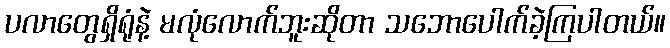
ပလာတွေရှိရုံနဲ့ မလုံလောက်ဘူးဆိုတာ သဘောပေါက်ခဲ့ကြပါတယ်။